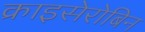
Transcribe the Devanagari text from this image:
क्राइसेरोबिन